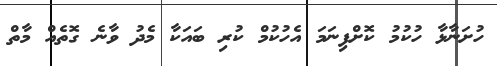
ހުށަނާޅާ ހުކުމު ކޮށްފިނަމަ އެހުކުމް ކުރި ބައަކާ މެދު ވާނެ ގޮތެއް މާތް